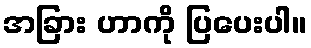
အခြား ဟာကို ပြပေးပါ။